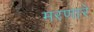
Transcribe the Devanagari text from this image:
मरणारे